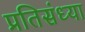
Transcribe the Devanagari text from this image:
प्रतिसंध्या